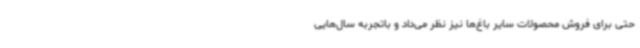
حتی برای فروش محصولات سایر باغ‌ها نیز نظر می‌داد و باتجربه سال‌هایی